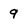
Character: 9